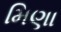
મિણા